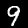
Label: 9